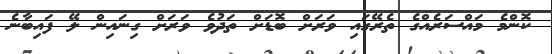
ކޮންމެ މައްސަރެއްގެ ތެރޭގައި ވަރަށް ބޮޑަށް ތަދުވެ ވަރަށް ގިނައިން ލޭ ފައިބާނެ